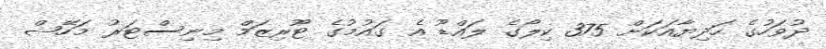
ދުވަހުގެ ހަދިޔާއަކަށް 375 ކިލޯގެ ލައްޑޫ އެ ގައުމުގެ ޓޫރިޒަމް މިނިސްޓަރު މަހޭޝް